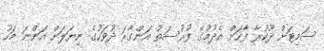
ސަމިޓަށް ދޫކުރާ ފާހަށް އެދުމުގެ ފުރުސަތު އަންގާރަ ދުވަހުގެ ނިޔަލަށް އަންނަ މަހު